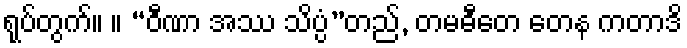
ရုပ်တွက်။ ။ “ဝီဏာ အဿ သိပ္ပံ”တည်, တမဓီတေ တေန ကတာဒိ